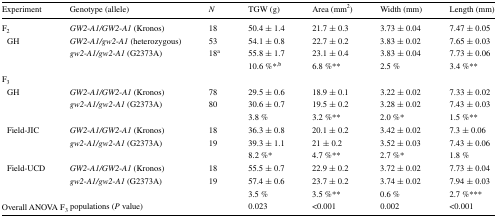
<table><thead><tr><td><b>Experiment</b></td><td><b>Genotype (allele)</b></td><td><b><i>N</i></b></td><td><b>TGW (g)</b></td><td><b>Area (mm<sup>2</sup>)</b></td><td><b>Width (mm)</b></td><td><b>Length (mm)</b></td></tr></thead><tbody><tr><td>F<sub>2</sub></td><td><i>GW2</i>-<i>A1/GW2</i>-<i>A1</i> (Kronos)</td><td>18</td><td>50.4 ± 1.4</td><td>21.7 ± 0.3</td><td>3.73 ± 0.04</td><td>7.47 ± 0.05</td></tr><tr><td rowspan="2"> GH</td><td><i>GW2</i>-<i>A1/gw2</i>-<i>A1</i> (heterozygous)</td><td>53</td><td>54.1 ± 0.8</td><td>22.7 ± 0.2</td><td>3.83 ± 0.02</td><td>7.65 ± 0.03</td></tr><tr><td><i>gw2</i>-<i>A1/gw2</i>-<i>A1</i> (G2373A)</td><td>18<sup>a</sup></td><td>55.8 ± 1.7</td><td>23.1 ± 0.4</td><td>3.83 ± 0.04</td><td>7.73 ± 0.06</td></tr><tr><td></td><td></td><td></td><td>10.6 %*<sup>,b</sup></td><td>6.8 %**</td><td>2.5 %</td><td>3.4 %**</td></tr><tr><td colspan="7">F<sub>3</sub></td></tr><tr><td rowspan="3"> GH</td><td><i>GW2</i>-<i>A1/GW2</i>-<i>A1</i> (Kronos)</td><td>78</td><td>29.5 ± 0.6</td><td>18.9 ± 0.1</td><td>3.22 ± 0.02</td><td>7.33 ± 0.02</td></tr><tr><td><i>gw2</i>-<i>A1/gw2</i>-<i>A1</i> (G2373A)</td><td>80</td><td>30.6 ± 0.7</td><td>19.5 ± 0.2</td><td>3.28 ± 0.02</td><td>7.43 ± 0.03</td></tr><tr><td></td><td></td><td>3.8 %</td><td>3.2 %**</td><td>2.0 %*</td><td>1.5 %**</td></tr><tr><td rowspan="3"> Field-JIC</td><td><i>GW2</i>-<i>A1/GW2</i>-<i>A1</i> (Kronos)</td><td>18</td><td>36.3 ± 0.8</td><td>20.1 ± 0.2</td><td>3.42 ± 0.02</td><td>7.3 ± 0.06</td></tr><tr><td><i>gw2</i>-<i>A1/gw2</i>-<i>A1</i> (G2373A)</td><td>19</td><td>39.3 ± 1.1</td><td>21 ± 0.2</td><td>3.52 ± 0.03</td><td>7.43 ± 0.06</td></tr><tr><td></td><td></td><td>8.2 %*</td><td>4.7 %**</td><td>2.7 %*</td><td>1.8 %</td></tr><tr><td rowspan="3"> Field-UCD</td><td><i>GW2</i>-<i>A1/GW2</i>-<i>A1</i> (Kronos)</td><td>18</td><td>55.5 ± 0.7</td><td>22.9 ± 0.2</td><td>3.72 ± 0.02</td><td>7.73 ± 0.04</td></tr><tr><td><i>gw2</i>-<i>A1/gw2</i>-<i>A1</i> (G2373A)</td><td>19</td><td>57.4 ± 0.6</td><td>23.7 ± 0.2</td><td>3.74 ± 0.02</td><td>7.94 ± 0.03</td></tr><tr><td></td><td></td><td>3.5 %</td><td>3.5 %**</td><td>0.6 %</td><td>2.7 %***</td></tr><tr><td colspan="2">Overall ANOVA F<sub>3</sub> populations (<i>P</i> value)</td><td></td><td>0.023</td><td>&lt;0.001</td><td>0.002</td><td>&lt;0.001</td></tr></tbody></table>